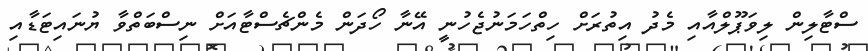
ސްޓާލިން ލިވަޕޫލްއާއި މެދު އިތުރަށް ހިތްހަމަނުޖެހުނީ އޭނާ ހޯދަން މެންޗެސްޓާއަށް ނިސްބަތްވާ ޔުނައިޓަޑާއި